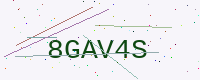
Text: 8GAV4S